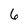
Character: 6